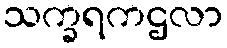
သက္ခရကဌလာ